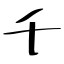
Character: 千